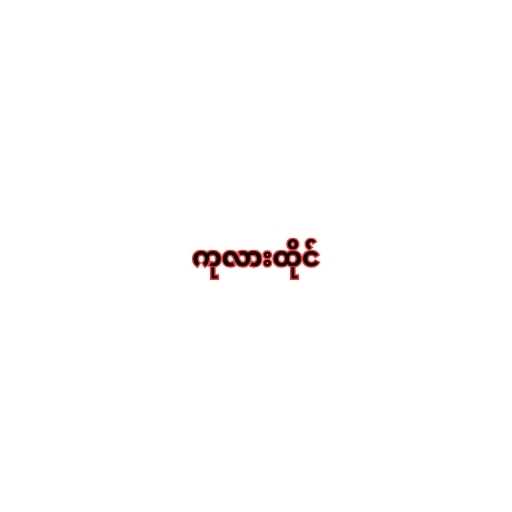
ကုလားထိုင်